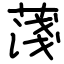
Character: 䔐